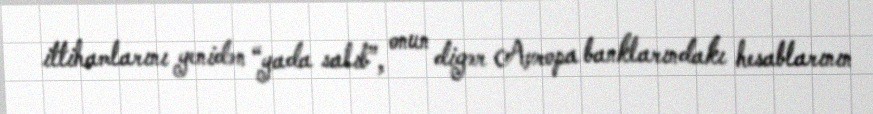
ittihamlarını yenidən “yada salıb”, onun digər Avropa banklarındakı hesablarının